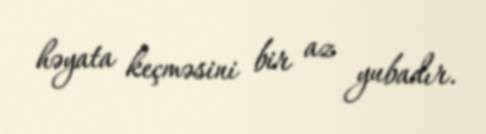
həyata keçməsini bir az yubadır.